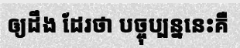
ឲ្យដឹង ដែរថា បច្ចុប្បន្ននេះគឺ